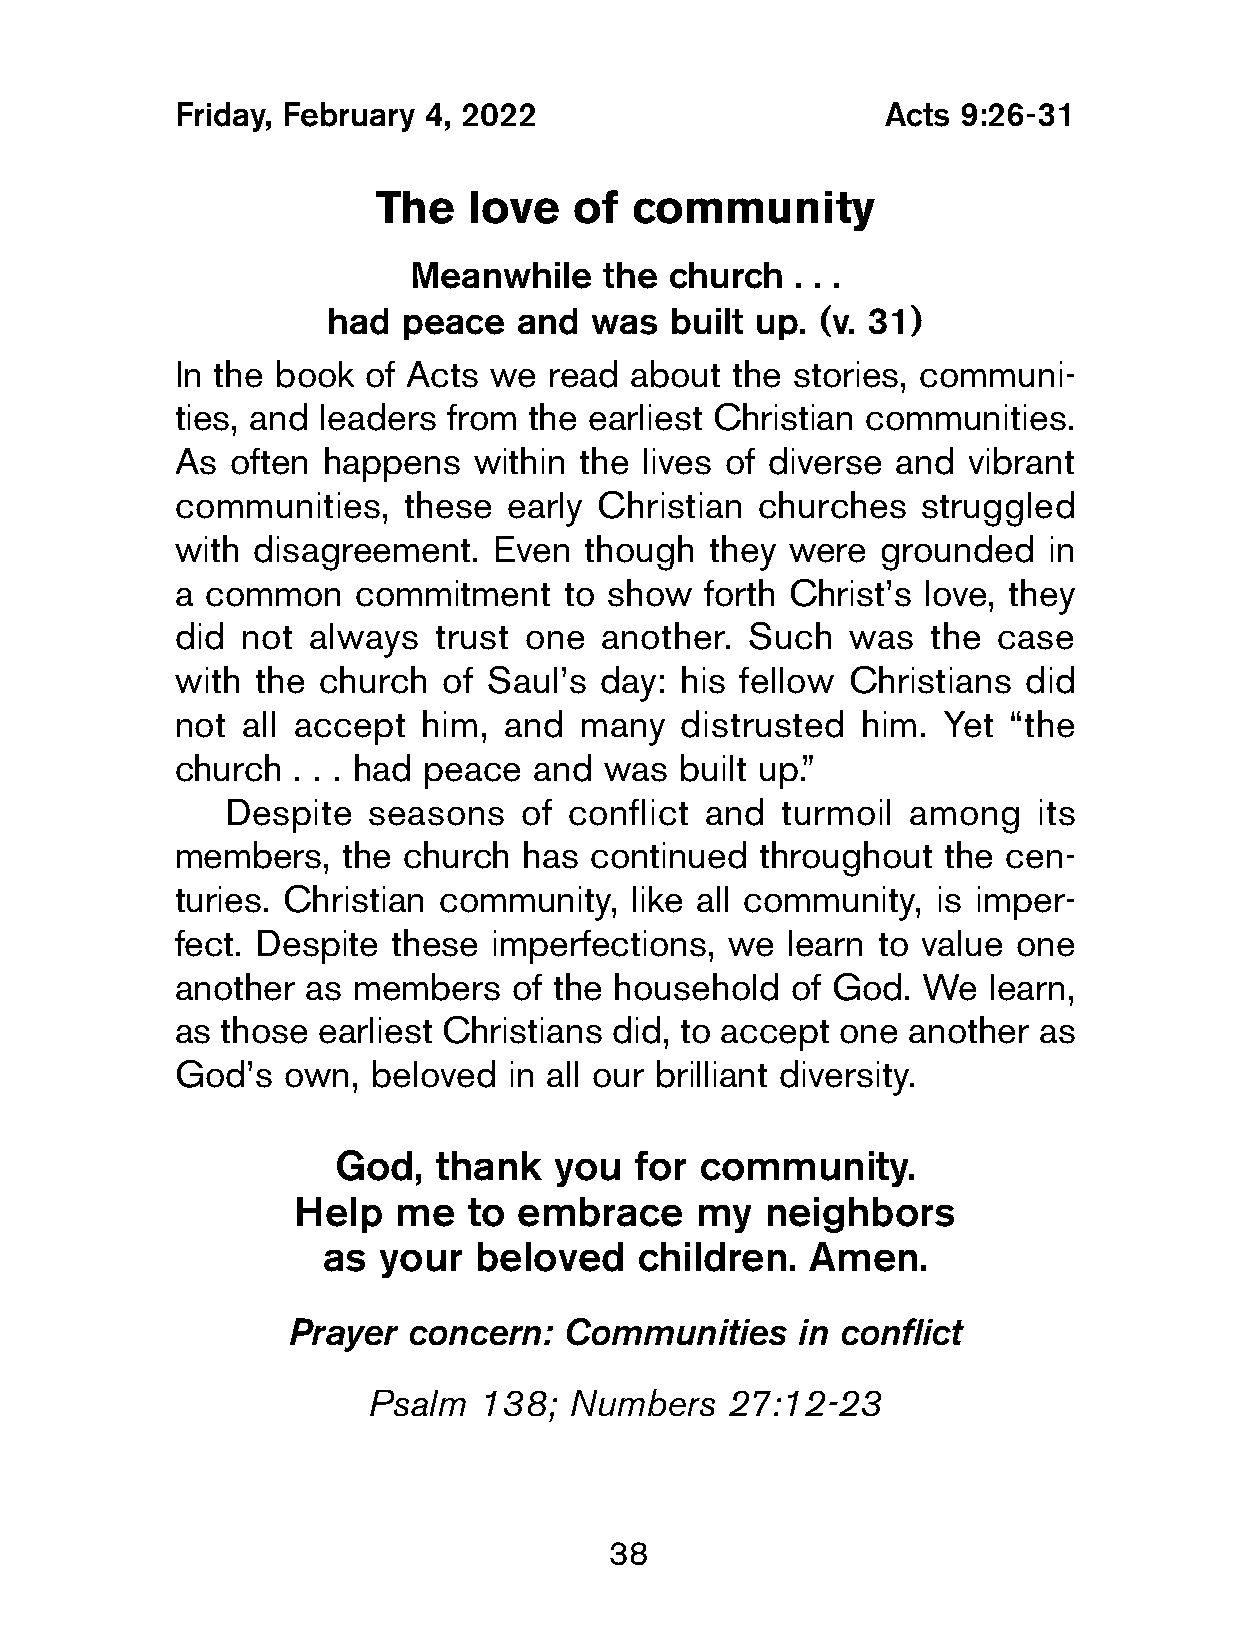
Friday, February 4, 2022                       Acts 9:26-31
 The   love   of  community
 Meanwhile    the church   . . .
 had  peace  and  was  built up. (v. 31)
 In the book  of Acts we  read  about the stories, communi-
 ties, and leaders from  the earliest Christian communities.
 As  often happens   within the lives of diverse and  vibrant
 communities,    these early Christian  churches   struggled
 with  disagreement.   Even  though  they were  grounded   in
 a  common   commitment    to show   forth Christ’s love, they
 did  not always   trust one  another. Such   was  the  case
 with  the church  of Saul’s  day: his fellow Christians  did
 not  all accept  him, and  many   distrusted  him. Yet  “the
 church  . . . had peace and  was  built up.”
 Despite  seasons   of  conflict and  turmoil among    its
 members,    the church  has continued  throughout  the cen-
 turies. Christian community,   like all community, is imper-
 fect. Despite  these imperfections,  we  learn to value one
 another  as members    of the household  of God.  We  learn,
 as  those earliest Christians did, to accept one another  as
 God’s   own, beloved   in all our brilliant diversity.
 God,   thank   you  for community.
 Help   me   to embrace     my  neighbors
 as  your  beloved    children.  Amen.
 Prayer  concern:  Communities     in conflict
 Psalm   138;  Numbers   27:12-23
 38